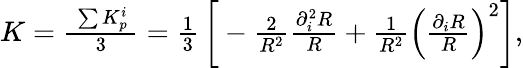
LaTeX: \begin{array}{r}{K=\frac{~\sum K_{p}^{i}~}{~3~}=\frac{1}{3}\, \bigg[-\frac{2}{R^{2}}\frac{\partial_{i}^{2}R}{R}+\frac{1}{R^{2}}\left(\frac{\partial_{i}R}{R}\right)^{2}\bigg],}\end{array}